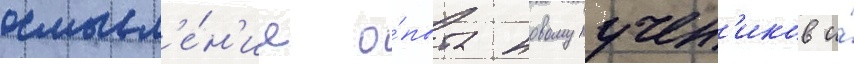
осмысл'е́н'ие о́пыта новомучен'иков и́